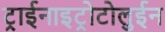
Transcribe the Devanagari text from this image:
ट्राईनाइट्रोटोलुईन